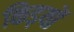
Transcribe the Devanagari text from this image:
किड़यों